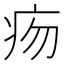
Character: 𤵐